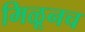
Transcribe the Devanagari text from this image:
मिळूनच